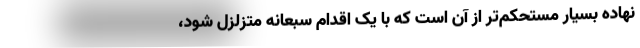
نهاده بسیار مستحکم‌تر از آن است که با یک اقدام سبعانه متزلزل شود،